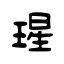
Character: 瑆